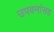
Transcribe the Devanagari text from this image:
उपवनांसह